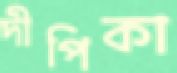
দীপিকা